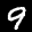
Label: 9